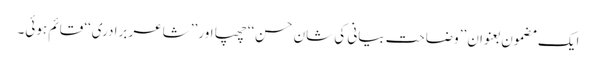
ایک مضمون بعنوان ’’وضاحت بیانی کی شانِ حسن‘‘ چھپا اور ’’شاعر برادری‘‘ قائم ہوئی۔